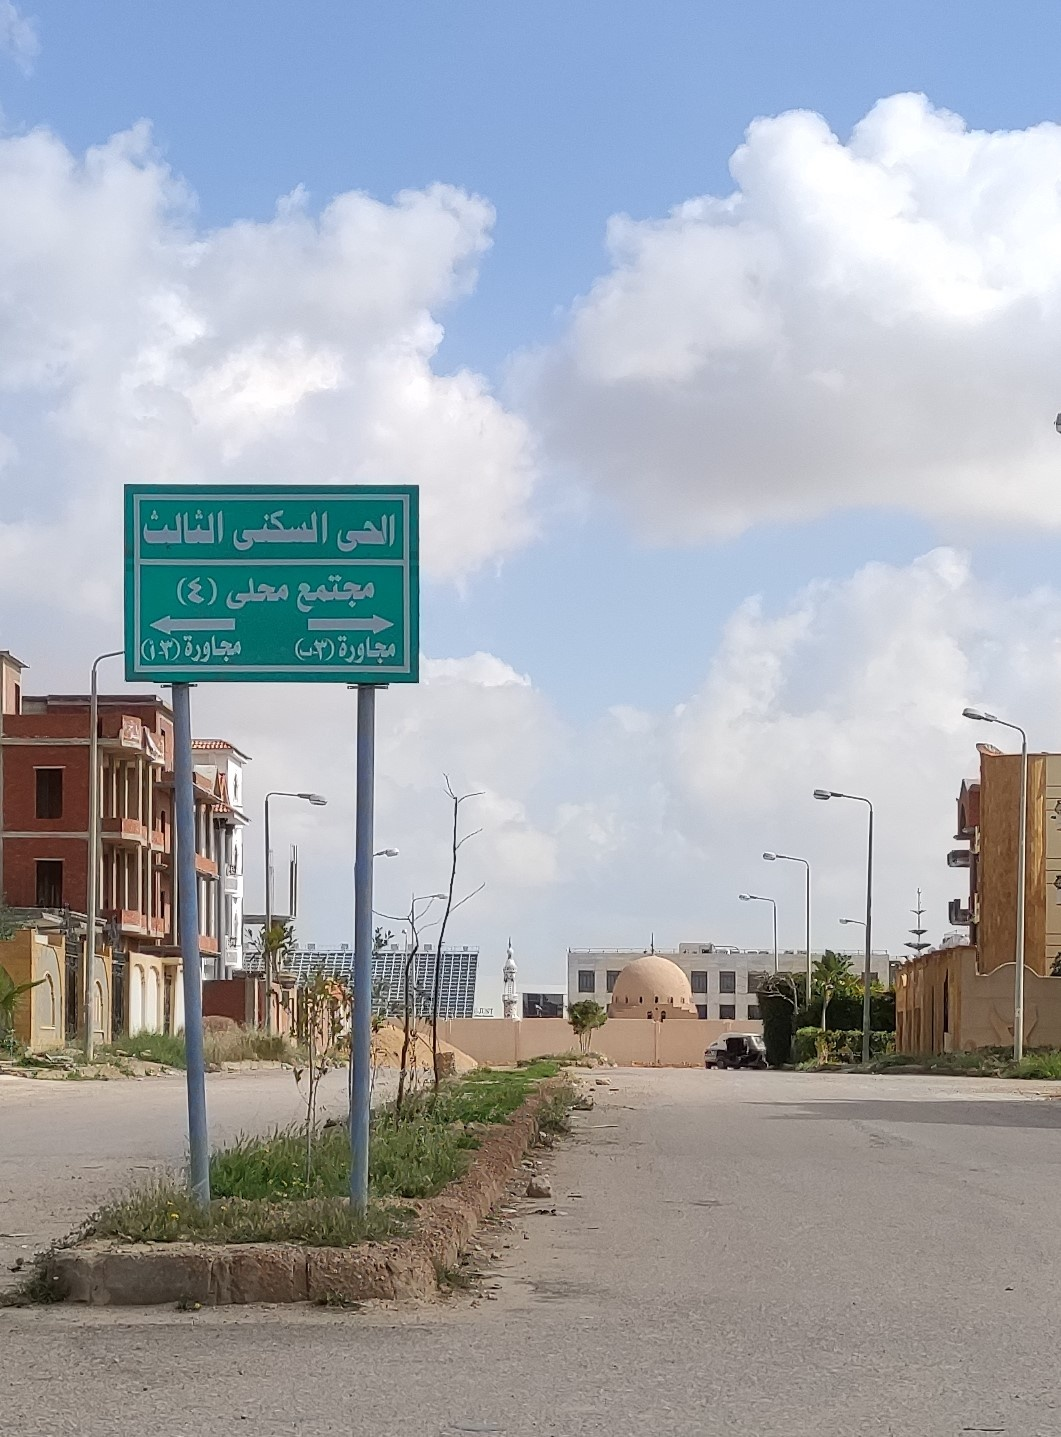
Text in image: الثالث السكنى الحى (4) محلى مجتمع مجاورة مجاورة (3-أ) (3-ب)